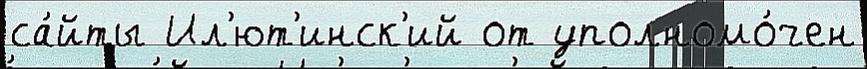
са́йты Ил'ют'инск'ий от уполномо́чен